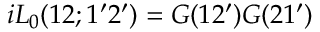
i L _ { 0 } ( 1 2 ; 1 ^ { \prime } 2 ^ { \prime } ) = G ( 1 2 ^ { \prime } ) G ( 2 1 ^ { \prime } )